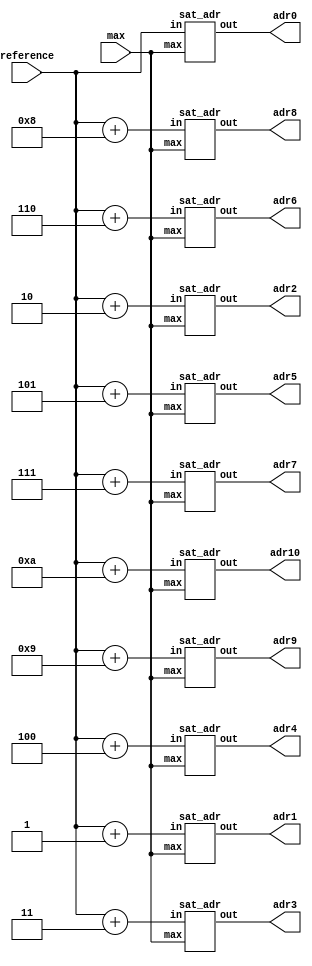
module shift_adr (
	input [9:0] reference,
	input [9:0] max,
	output [9:0] adr0,
	output [9:0] adr1,
	output [9:0] adr2,
	output [9:0] adr3,
	output [9:0] adr4,
	output [9:0] adr5,
	output [9:0] adr6,
	output [9:0] adr7,
	output [9:0] adr8,
	output [9:0] adr9,
	output [9:0] adr10
);

wire [9:0] adr0_c, adr1_c, adr2_c, adr3_c, adr4_c, adr5_c, adr6_c, adr7_c, adr8_c, adr9_c, adr10_c; 

assign adr0 = adr0_c;
assign adr1 = adr1_c;
assign adr2 = adr2_c;
assign adr3 = adr3_c;
assign adr4 = adr4_c;
assign adr5 = adr5_c;
assign adr6 = adr6_c;
assign adr7 = adr7_c;
assign adr8 = adr8_c;
assign adr9 = adr9_c;
assign adr10 = adr10_c;

sat_adr as0 (reference , max, adr0_c);
sat_adr as1 (reference + 10'd1, max, adr1_c);
sat_adr as2 (reference + 10'd2, max, adr2_c);
sat_adr as3 (reference + 10'd3, max, adr3_c);
sat_adr as4 (reference + 10'd4, max, adr4_c);
sat_adr as5 (reference + 10'd5, max, adr5_c);
sat_adr as6 (reference + 10'd6, max, adr6_c);
sat_adr as7 (reference + 10'd7, max, adr7_c);
sat_adr as8 (reference + 10'd8, max, adr8_c);
sat_adr as9 (reference + 10'd9, max, adr9_c);
sat_adr as10 (reference + 10'd10, max, adr10_c);

endmodule

module sat_adr (
	input [9:0] in,
	input [9:0] max,
	output reg [9:0] out
);

always @(*) begin
	out = in;
	if (in > max) begin
		out = 10'h000;
	end
end

endmodule